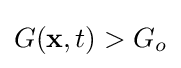
G(\mathbf {x} ,t)>G_{o}